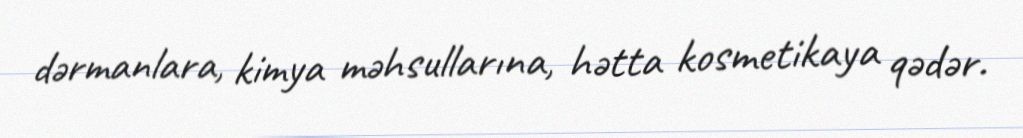
dərmanlara, kimya məhsullarına, hətta kosmetikaya qədər.